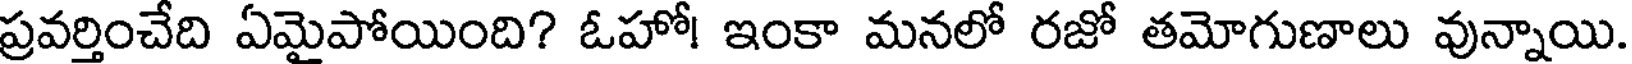
ప్రవర్తించేది ఏమైపోయింది? ఓహో! ఇంకా మనలో రజో తమోగుణాలు వున్నాయి